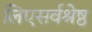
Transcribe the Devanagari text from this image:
लिएसर्वश्रेष्ठ